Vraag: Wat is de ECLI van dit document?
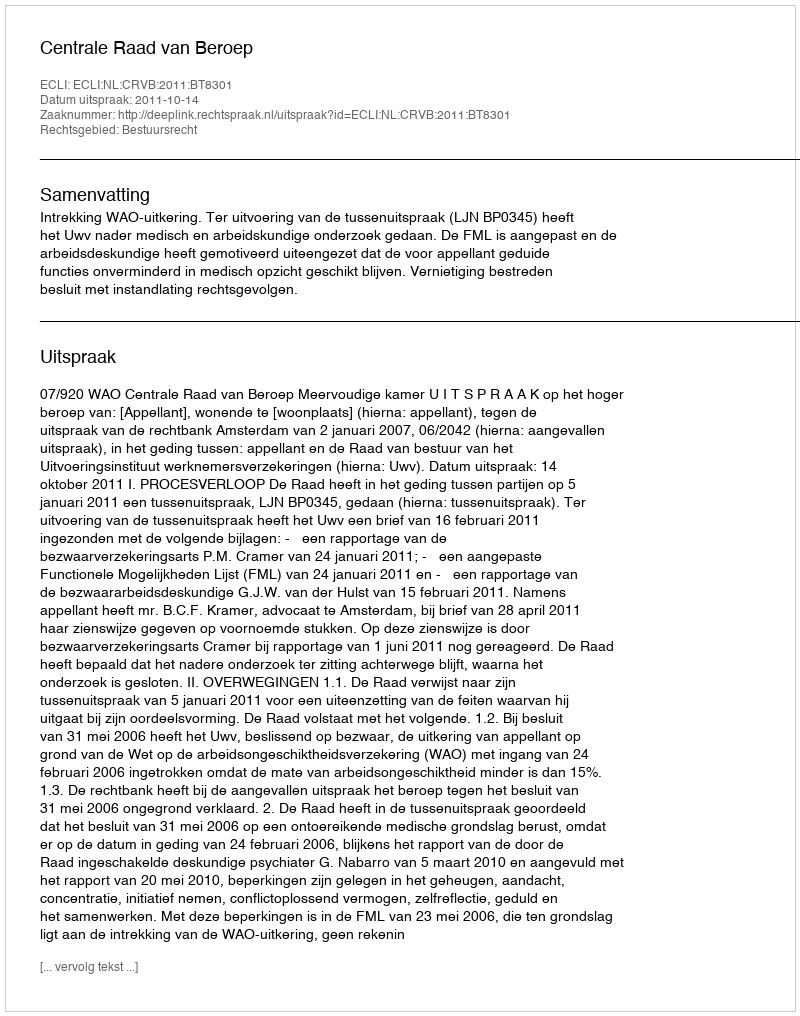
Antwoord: ECLI:NL:CRVB:2011:BT8301